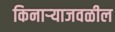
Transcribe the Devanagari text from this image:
किनाऱ्‍याजवळील